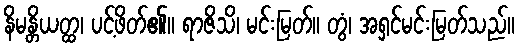
နိမန္တိယတ္ထ၊ ပင့်ဖိတ်၏။ ရာဇိသိ၊ မင်းမြတ်။ တွံ၊ အရှင်မင်းမြတ်သည်။